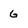
Character: 6